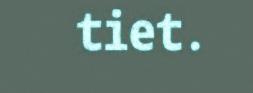
tiet.